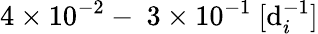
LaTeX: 4\times10^{-2}-~3\times10^{-1}~[\mathrm{d}_{i}^{-1}]